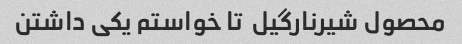
محصول شیرنارگیل  تا خواستم یکی داشتن